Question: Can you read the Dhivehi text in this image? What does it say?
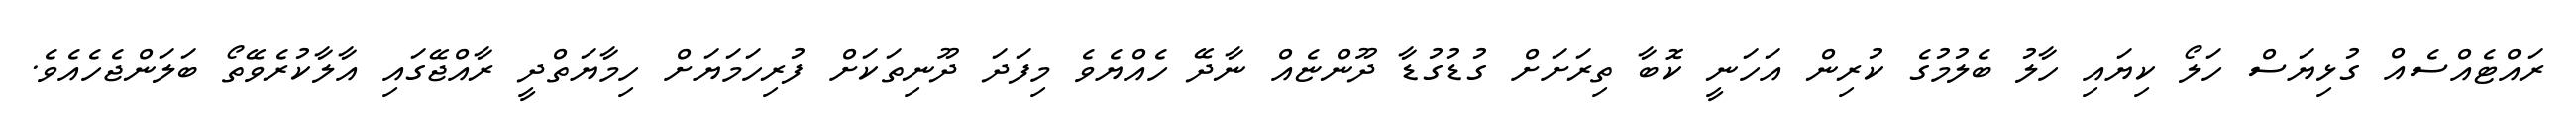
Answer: ރައްޓެއްސެއް ގުޅިޔަސް ހަލޯ ކިޔައި ހާލު ބެލުމުގެ ކުރިން އަހަނީ ކޮބާ ތިރަށަށް ގުޑުގުޑާ ދޫންޏެއް ނާދޭ ހެއްޔެވެ މިފަދަ ދޫނިތަކަށް ފުރިހަމަޔަށް ހިމާޔަތްދީ ރާއްޖޭގައި އާލާކުރެވޭތޯ ބަލަންޖެހެއެވެ.